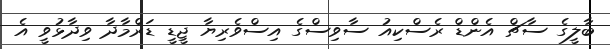
ބާލީގެ ސާޗް އެންޑް ރެސްކިއު ސާވިސްގެ އިސްވެރިޔާ ޖީޑީ ޑަރްމާދާ ވިދާޅުވީ އެ